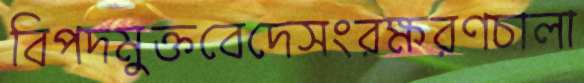
বিপদমুক্তবেদেসংরক্ষরণচালা